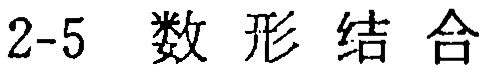
$2\text{-}5\ \ 数\ 形\ 结\ 合$